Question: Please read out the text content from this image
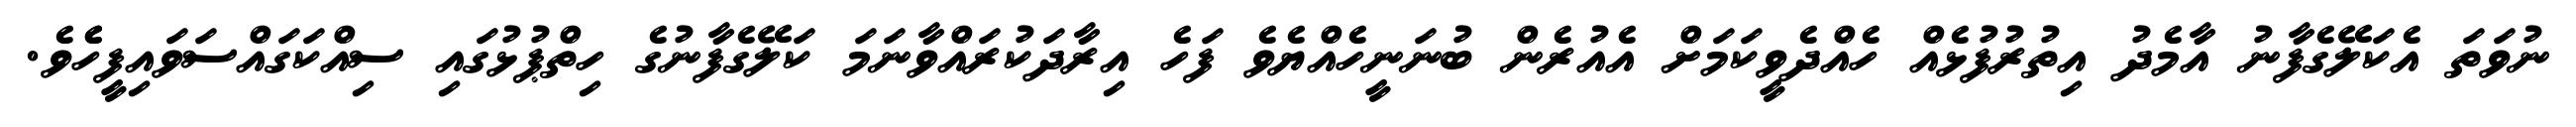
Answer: ނުވަތަ އެކަލޭގެފާނު އާމެދު އިތުރުފުޅެއް ހެއްދެވީކަމަށް އެއުރެން ބުނަނީހެއްޔެވެ ފަހެ އިރާދަކުރައްވާނަމަ ކަލޭގެފާނުގެ ހިތްޕުޅުގައި ސިއްކަގައްސަވައިފީހެެވެ.